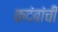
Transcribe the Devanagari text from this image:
कदंबांची